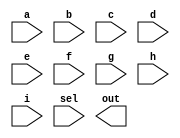
// Create a 16-bit wide, 9-to-1 multiplexer. sel=0 chooses a, sel=1 chooses b, etc. 
// For the unused cases (sel=9 to 15), set all output bits to '1'.

// Hint: With this many options, a case statement may be useful.

module top_module( 
    input [15:0] a, b, c, d, e, f, g, h, i,
    input [3:0] sel,
    output [15:0] out );

    //Insert your code here

endmodule